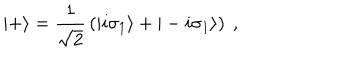
| + \rangle = { \frac { 1 } { \sqrt { 2 } } } \left( | i \sigma _ { 1 } \rangle + | - i \sigma _ { 1 } \rangle \right) ~ ,